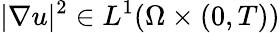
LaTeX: |\nabla u|^{2}\in L^{1}(\Omega\times(0,T))